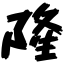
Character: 隆